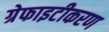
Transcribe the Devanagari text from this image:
ग्रेफाइटीकरण